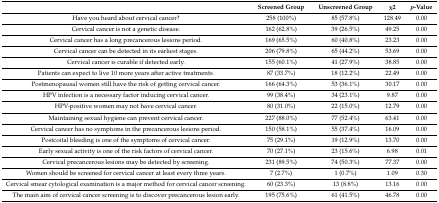
<table><thead><tr><td></td><td><b>Screened Group</b></td><td><b>Unscreened Group</b></td><td><b>χ2</b></td><td><b><i>p</i>-Value</b></td></tr></thead><tbody><tr><td>Have you heard about cervical cancer?</td><td>258 (100%)</td><td>85 (57.8%)</td><td>128.49</td><td>0.00</td></tr><tr><td>Cervical cancer is not a genetic disease.</td><td>162 (62.8%)</td><td>39 (26.5%)</td><td>49.25</td><td>0.00</td></tr><tr><td>Cervical cancer has a long precancerous lesions period.</td><td>169 (65.5%)</td><td>60 (40.8%)</td><td>23.23</td><td>0.00</td></tr><tr><td>Cervical cancer can be detected in its earliest stages.</td><td>206 (79.8%)</td><td>65 (44.2%)</td><td>53.69</td><td>0.00</td></tr><tr><td>Cervical cancer is curable if detected early.</td><td>155 (60.1%)</td><td>41 (27.9%)</td><td>38.85</td><td>0.00</td></tr><tr><td>Patients can expect to live 10 more years after active treatments.</td><td>87 (33.7%)</td><td>18 (12.2%)</td><td>22.49</td><td>0.00</td></tr><tr><td>Postmenopausal women still have the risk of getting cervical cancer.</td><td>166 (64.3%)</td><td>53 (36.1%)</td><td>30.17</td><td>0.00</td></tr><tr><td>HPV infection is a necessary factor inducing cervical cancer.</td><td>99 (38.4%)</td><td>34 (23.1%)</td><td>9.87</td><td>0.00</td></tr><tr><td>HPV-positive women may not have cervical cancer.</td><td>80 (31.0%)</td><td>22 (15.0%)</td><td>12.79</td><td>0.00</td></tr><tr><td>Maintaining sexual hygiene can prevent cervical cancer.</td><td>227 (88.0%)</td><td>77 (52.4%)</td><td>63.41</td><td>0.00</td></tr><tr><td>Cervical cancer has no symptoms in the precancerous lesions period.</td><td>150 (58.1%)</td><td>55 (37.4%)</td><td>16.09</td><td>0.00</td></tr><tr><td>Postcoital bleeding is one of the symptoms of cervical cancer.</td><td>75 (29.1%)</td><td>19 (12.9%)</td><td>13.70</td><td>0.00</td></tr><tr><td>Early sexual activity is one of the risk factors of cervical cancer.</td><td>70 (27.1%)</td><td>23 (15.6%)</td><td>6.98</td><td>0.01</td></tr><tr><td>Cervical precancerous lesions may be detected by screening.</td><td>231 (89.5%)</td><td>74 (50.3%)</td><td>77.37</td><td>0.00</td></tr><tr><td>Women should be screened for cervical cancer at least every three years.</td><td>7 (2.7%)</td><td>1 (0.7%)</td><td>1.09</td><td>0.30</td></tr><tr><td>Cervical smear cytological examination is a major method for cervical cancer screening.</td><td>60 (23.3%)</td><td>13 (8.8%)</td><td>13.16</td><td>0.00</td></tr><tr><td>The main aim of cervical cancer screening is to discover precancerous lesion early.</td><td>195 (75.6%)</td><td>61 (41.5%)</td><td>46.78</td><td>0.00</td></tr></tbody></table>